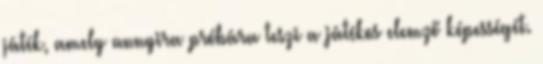
játék, amely annyira próbára teszi a játékos elemző képességét.